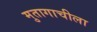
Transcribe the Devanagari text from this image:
मुतागाचीला